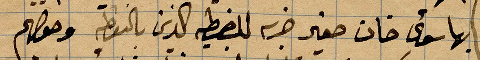
بها سوى خان صغير خربة للضبطية الذين بالنقطة وحولهم